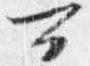
可